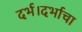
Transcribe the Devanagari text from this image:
दर्भ।दर्भाचा